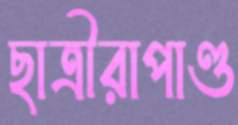
ছাত্রীরাপাণ্ড